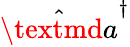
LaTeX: \hat{\textmd a}_{}^{\dagger}